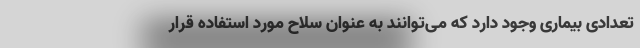
تعدادی بیماری وجود دارد که می‌توانند به عنوان سلاح مورد استفاده قرار